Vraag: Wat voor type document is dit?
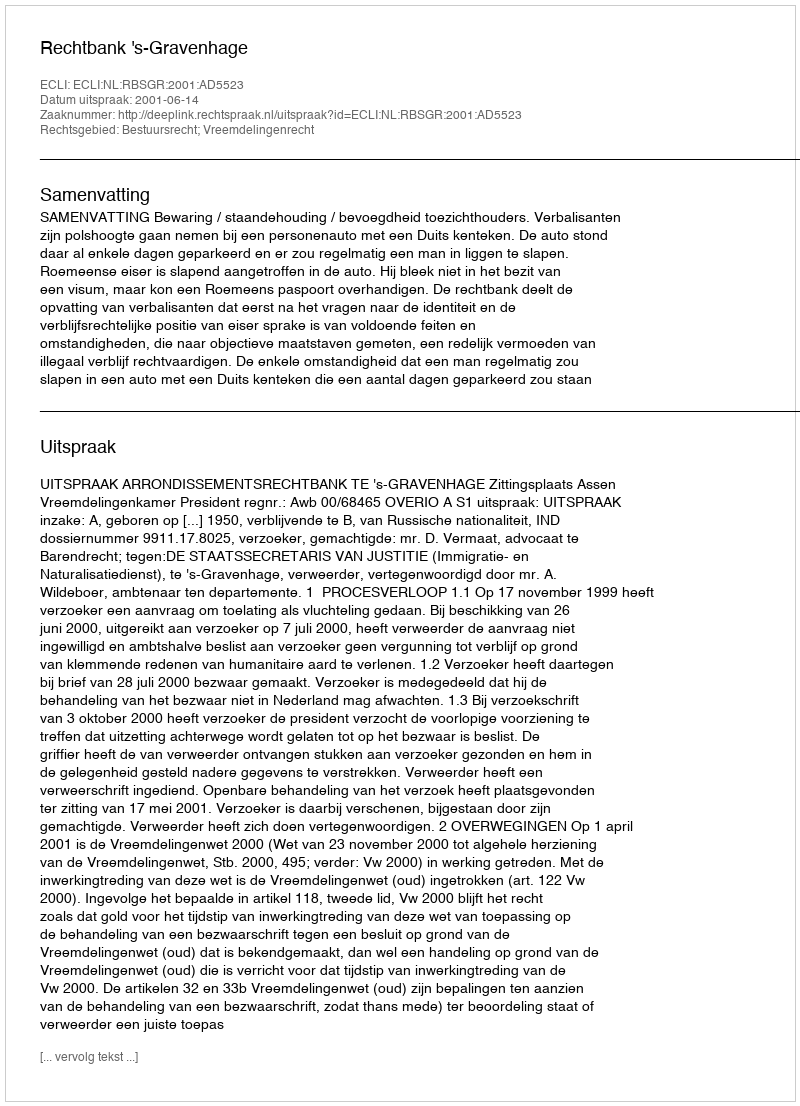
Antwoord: Uitspraak